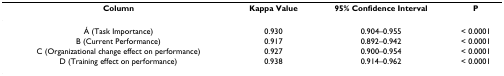
<table><thead><tr><td><b>Column</b></td><td><b>Kappa Value</b></td><td><b>95% Confidence Interval</b></td><td><b>P</b></td></tr></thead><tbody><tr><td>Á (Task Importance)</td><td>0.930</td><td>0.904–0.955</td><td>&lt; 0.0001</td></tr><tr><td>B (Current Performance)</td><td>0.917</td><td>0.892–0.942</td><td>&lt; 0.0001</td></tr><tr><td>C (Organizational change effect on performance)</td><td>0.927</td><td>0.900–0.954</td><td>&lt; 0.0001</td></tr><tr><td>D (Training effect on performance)</td><td>0.938</td><td>0.914–0.962</td><td>&lt; 0.0001</td></tr></tbody></table>